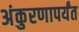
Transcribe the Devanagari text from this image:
अंकुरणापर्यंत